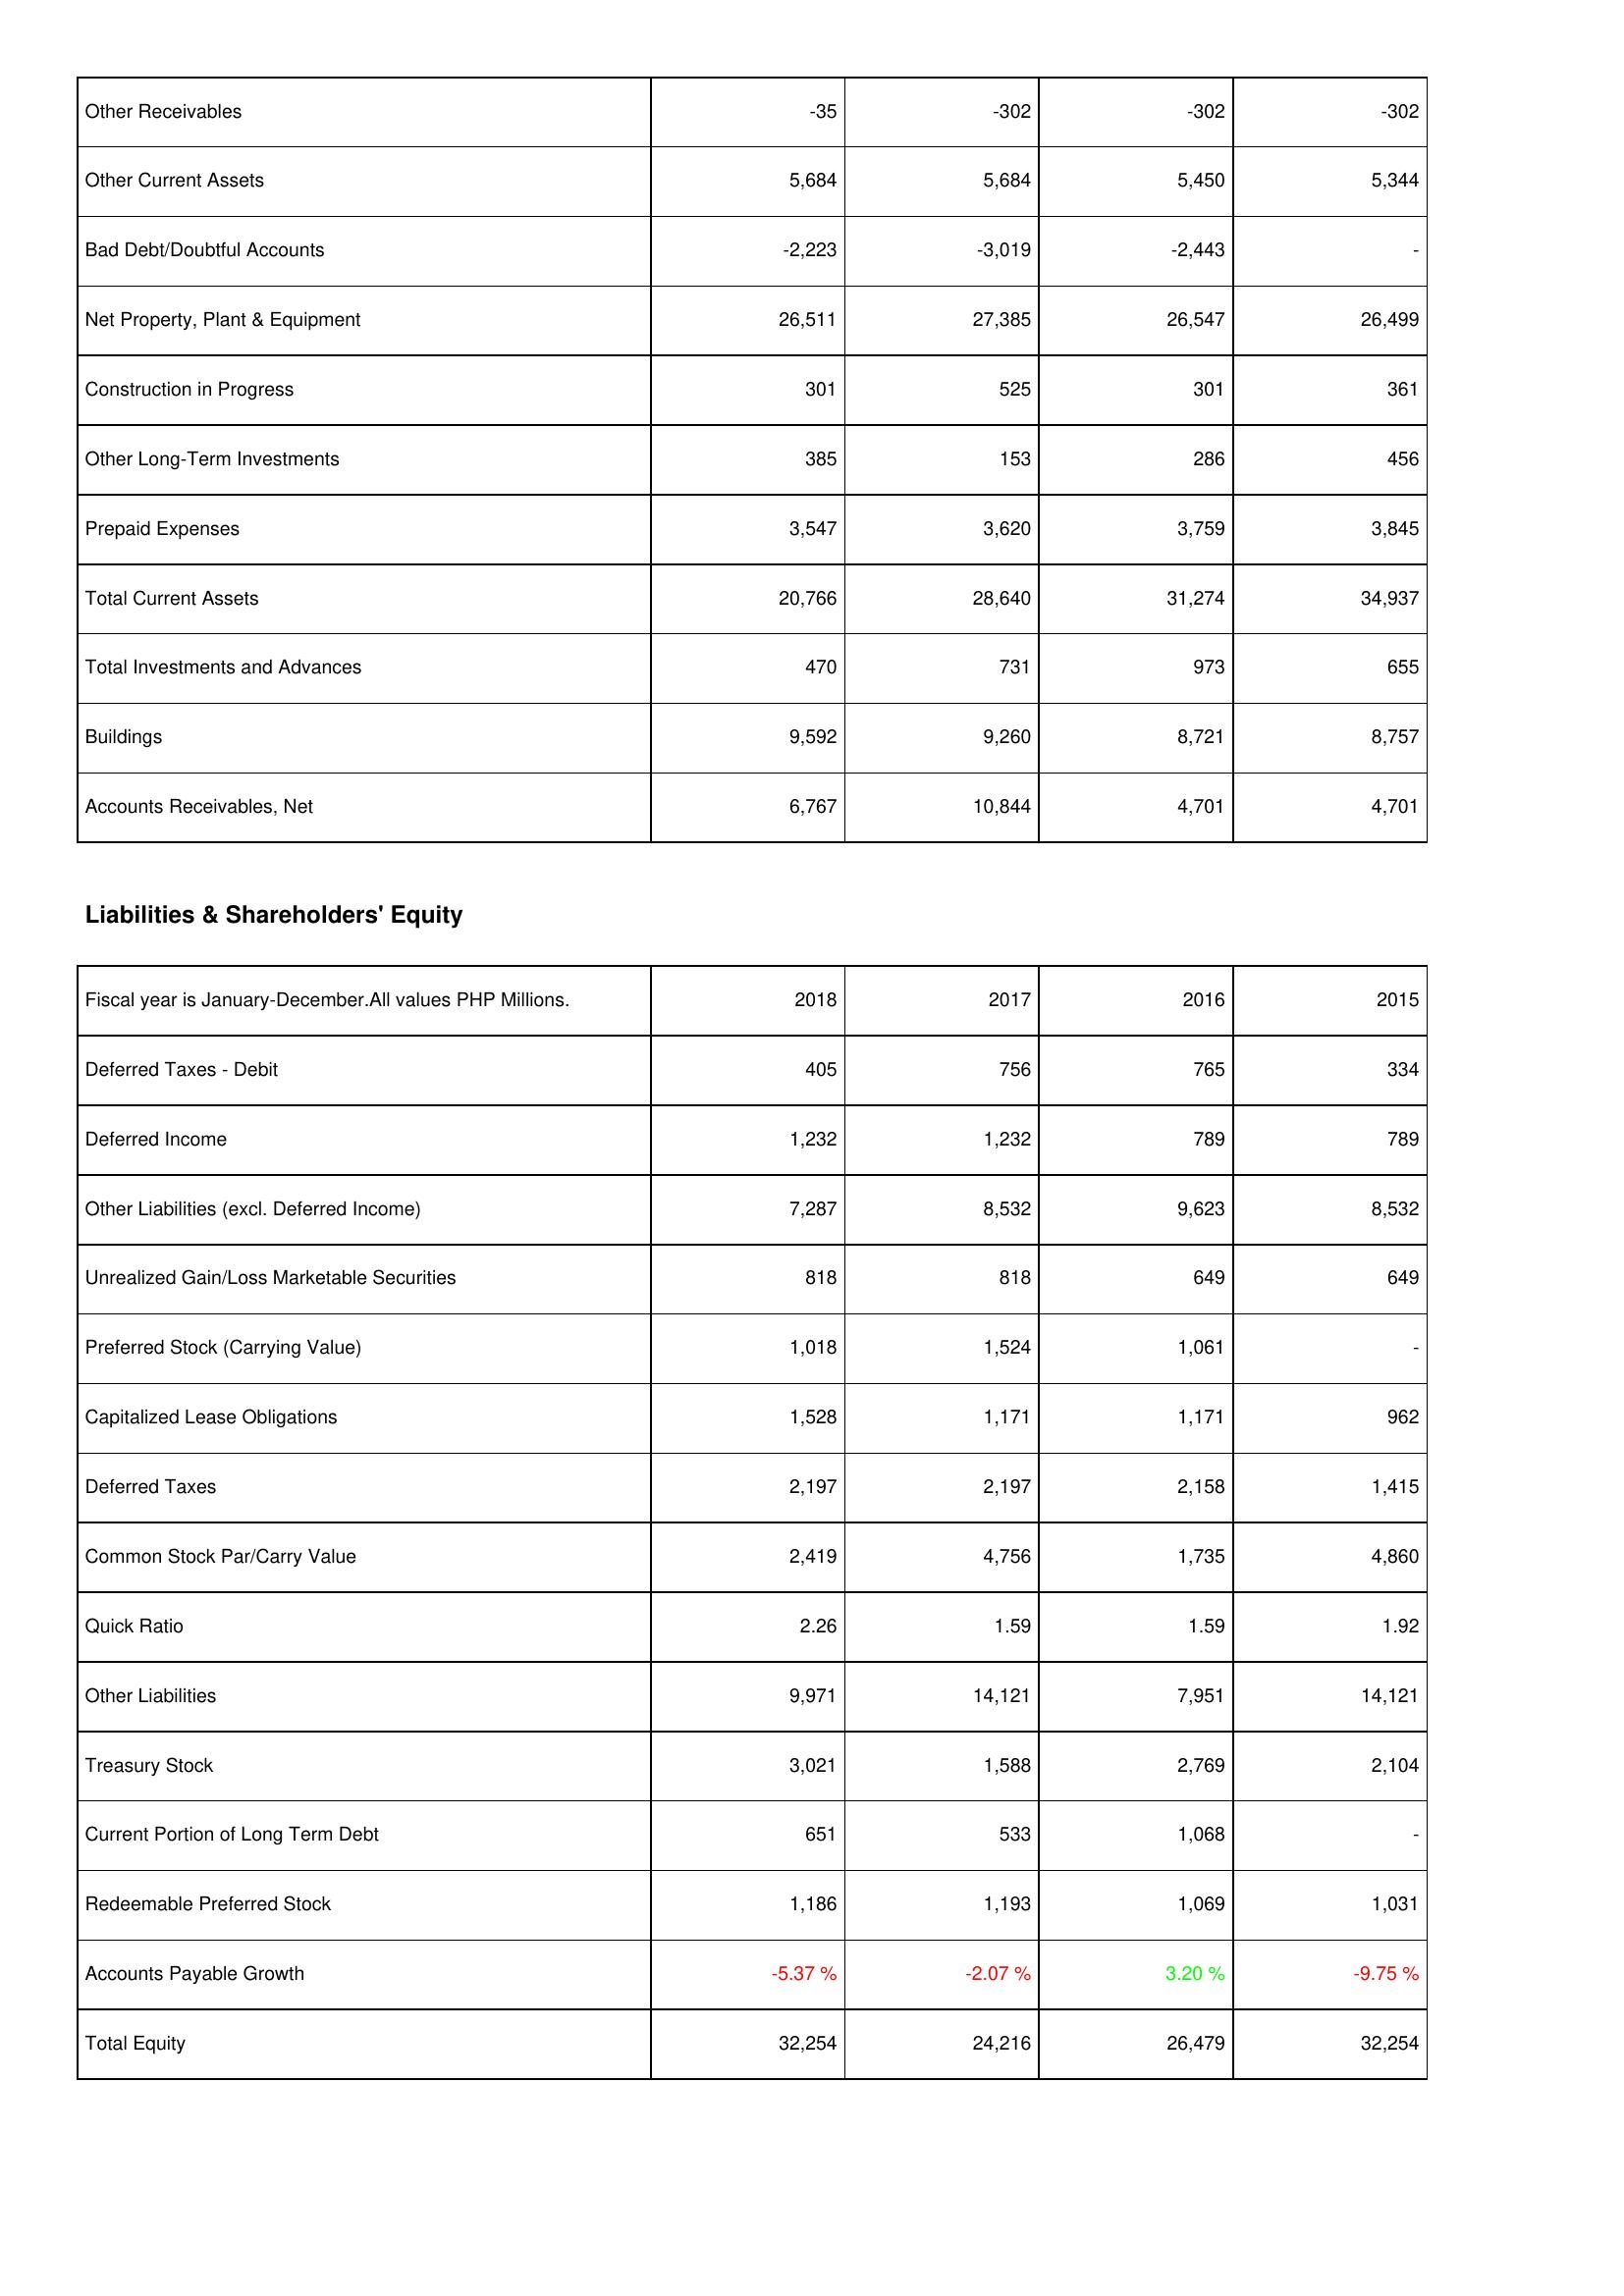
2018: Assets: Other Receivables: -35
Other Current Assets: 5,684
Bad Debt/Doubtful Accounts: -2,223
Net Property, Plant & Equipment: 26,511
Construction in Progress: 301
Other Long-Term Investments: 385
Prepaid Expenses: 3,547
Total Current Assets: 20,766
Total Investments and Advances: 470
Buildings: 9,592
Accounts Receivables, Net: 6,767
Liabilities & Shareholders' Equity: Deferred Taxes - Debit: 405
Deferred Income: 1,232
Other Liabilities (excl. Deferred Income): 7,287
Unrealized Gain/Loss Marketable Securities: 818
Preferred Stock (Carrying Value): 1,018
Capitalized Lease Obligations: 1,528
Deferred Taxes: 2,197
Common Stock Par/Carry Value: 2,419
Quick Ratio: 2.26
Other Liabilities: 9,971
Treasury Stock: 3,021
Current Portion of Long Term Debt: 651
Redeemable Preferred Stock: 1,186
Accounts Payable Growth: -5.37 %
Total Equity: 32,254
2017: Assets: Other Receivables: -302
Other Current Assets: 5,684
Bad Debt/Doubtful Accounts: -3,019
Net Property, Plant & Equipment: 27,385
Construction in Progress: 525
Other Long-Term Investments: 153
Prepaid Expenses: 3,620
Total Current Assets: 28,640
Total Investments and Advances: 731
Buildings: 9,260
Accounts Receivables, Net: 10,844
Liabilities & Shareholders' Equity: Deferred Taxes - Debit: 756
Deferred Income: 1,232
Other Liabilities (excl. Deferred Income): 8,532
Unrealized Gain/Loss Marketable Securities: 818
Preferred Stock (Carrying Value): 1,524
Capitalized Lease Obligations: 1,171
Deferred Taxes: 2,197
Common Stock Par/Carry Value: 4,756
Quick Ratio: 1.59
Other Liabilities: 14,121
Treasury Stock: 1,588
Current Portion of Long Term Debt: 533
Redeemable Preferred Stock: 1,193
Accounts Payable Growth: -2.07 %
Total Equity: 24,216
2016: Assets: Other Receivables: -302
Other Current Assets: 5,450
Bad Debt/Doubtful Accounts: -2,443
Net Property, Plant & Equipment: 26,547
Construction in Progress: 301
Other Long-Term Investments: 286
Prepaid Expenses: 3,759
Total Current Assets: 31,274
Total Investments and Advances: 973
Buildings: 8,721
Accounts Receivables, Net: 4,701
Liabilities & Shareholders' Equity: Deferred Taxes - Debit: 765
Deferred Income: 789
Other Liabilities (excl. Deferred Income): 9,623
Unrealized Gain/Loss Marketable Securities: 649
Preferred Stock (Carrying Value): 1,061
Capitalized Lease Obligations: 1,171
Deferred Taxes: 2,158
Common Stock Par/Carry Value: 1,735
Quick Ratio: 1.59
Other Liabilities: 7,951
Treasury Stock: 2,769
Current Portion of Long Term Debt: 1,068
Redeemable Preferred Stock: 1,069
Accounts Payable Growth: 3.20 %
Total Equity: 26,479
2015: Assets: Other Receivables: -302
Other Current Assets: 5,344
Bad Debt/Doubtful Accounts: -
Net Property, Plant & Equipment: 26,499
Construction in Progress: 361
Other Long-Term Investments: 456
Prepaid Expenses: 3,845
Total Current Assets: 34,937
Total Investments and Advances: 655
Buildings: 8,757
Accounts Receivables, Net: 4,701
Liabilities & Shareholders' Equity: Deferred Taxes - Debit: 334
Deferred Income: 789
Other Liabilities (excl. Deferred Income): 8,532
Unrealized Gain/Loss Marketable Securities: 649
Preferred Stock (Carrying Value): -
Capitalized Lease Obligations: 962
Deferred Taxes: 1,415
Common Stock Par/Carry Value: 4,860
Quick Ratio: 1.92
Other Liabilities: 14,121
Treasury Stock: 2,104
Current Portion of Long Term Debt: -
Redeemable Preferred Stock: 1,031
Accounts Payable Growth: -9.75 %
Total Equity: 32,254